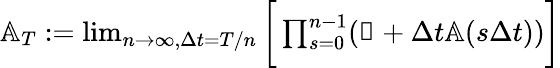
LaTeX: \begin{array}{r}{\mathbb{A}_{T}:=\operatorname*{lim}_{n\rightarrow\infty,\Delta t=T/n}\bigg[\prod_{s=0}^{n-1}(\mathbb{1}+\Delta t\mathbb{A}(s\Delta t))\bigg]}\end{array}